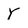
Character: Y